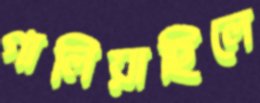
গালিয়াছিলে